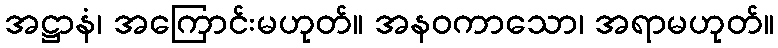
အဋ္ဌာနံ၊ အကြောင်းမဟုတ်။ အနဝကာသော၊ အရာမဟုတ်။